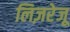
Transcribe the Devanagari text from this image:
लिज़रेजू